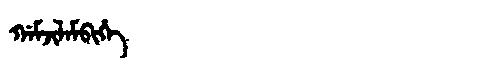
Manchu: ᡤᠠᠮᠵᡳᠯᠠᠮᠪᡳᡥᡝ
Romanization: GAMJILAMBIHE